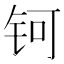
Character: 钶